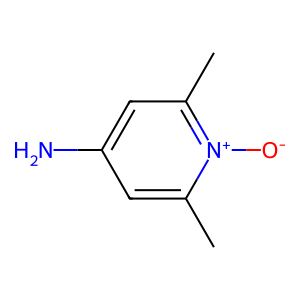
SMILES: Cc1cc(N)cc(C)[n+]1[O-]
Inhibits HIV replication: No